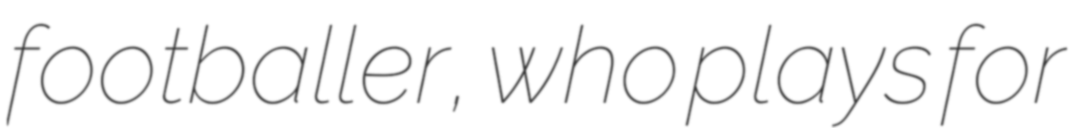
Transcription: footballer, who plays for